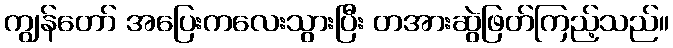
ကျွန်တော် အပြေးကလေးသွားပြီး တအားဆွဲဖြတ်ကြည့်သည်။